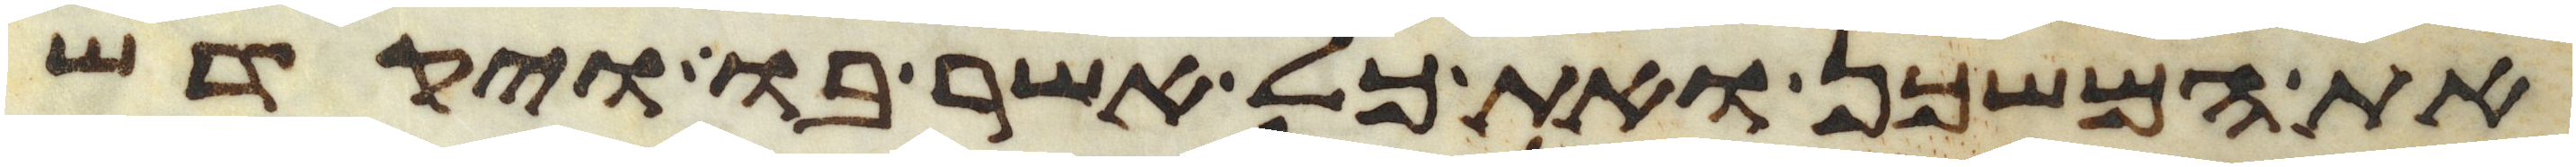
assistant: את המשכן ואת כל אשר בו ויקדש